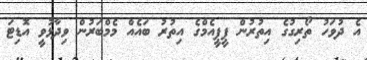
އެ ދުވަހު ތޯރިގުގެ އިތުރުން ޕީޕީއެމްގެ އިތުރު ބައެއް މެމްބަރުން ވިދާޅުވީ އޮޑިޓަ